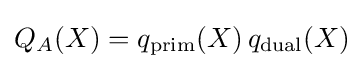
Q_{A}(X)=q_{\text{prim}}(X)\,q_{\text{dual}}(X)